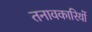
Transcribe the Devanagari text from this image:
तनावकारियों